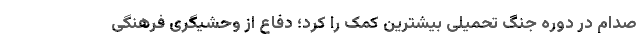
صدام در دوره جنگ تحمیلی بیشترین کمک را کرد؛ دفاع از وحشیگری فرهنگی